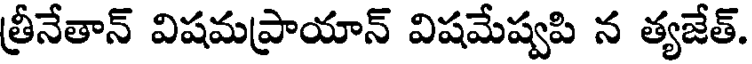
త్రీనేతాన్ విషమప్రాయాన్ విషమేష్వపి న త్యజేత్.